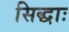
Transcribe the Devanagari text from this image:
सिद्धाः